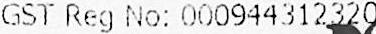
GST REG NO: 000944312320